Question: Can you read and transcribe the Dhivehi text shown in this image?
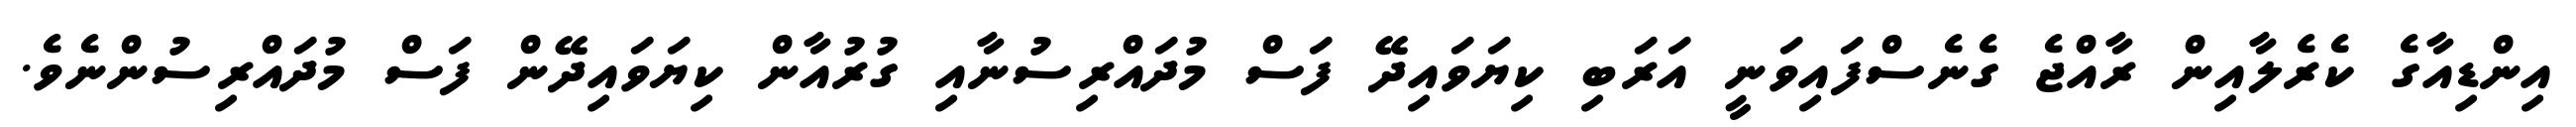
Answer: އިންޑިއާގެ ކެރެލާއިން ރާއްޖެ ގެނެސްފައިވަނީ އަރަބި ކިޔަވައިދޭ ފަސް މުދައްރިސުނާއި ގުރުއާން ކިޔަވައިދޭން ފަސް މުދައްރިސުންނެވެ.